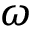
\boldsymbol { \omega }